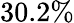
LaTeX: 30.2\%